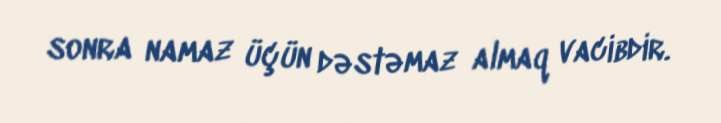
sonra namaz üçün dəstəmaz almaq vacibdir.